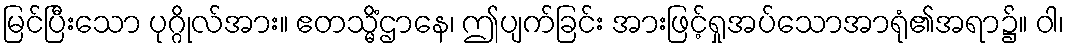
မြင်ပြီးသော ပုဂ္ဂိုလ်အား။ ဧတသ္မိံဌာနေ၊ ဤပျက်ခြင်း အားဖြင့်ရှုအပ်သောအာရုံ၏အရာ၌။ ဝါ၊